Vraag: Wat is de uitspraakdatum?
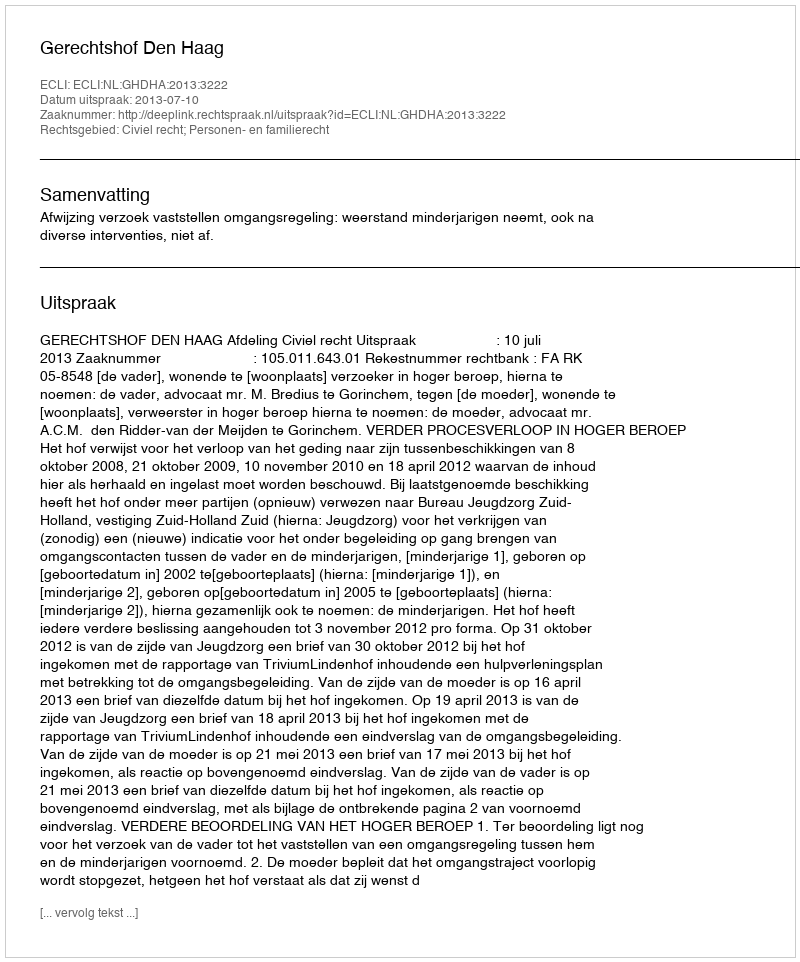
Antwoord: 2013-07-10